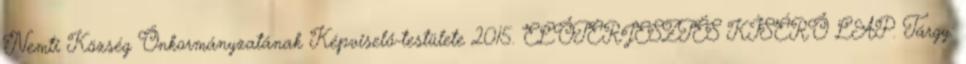
Nemti Község Önkormányzatának Képviselő-testülete 2015. ELŐTERJESZTÉS KÍSÉRŐ LAP. Tárgy: